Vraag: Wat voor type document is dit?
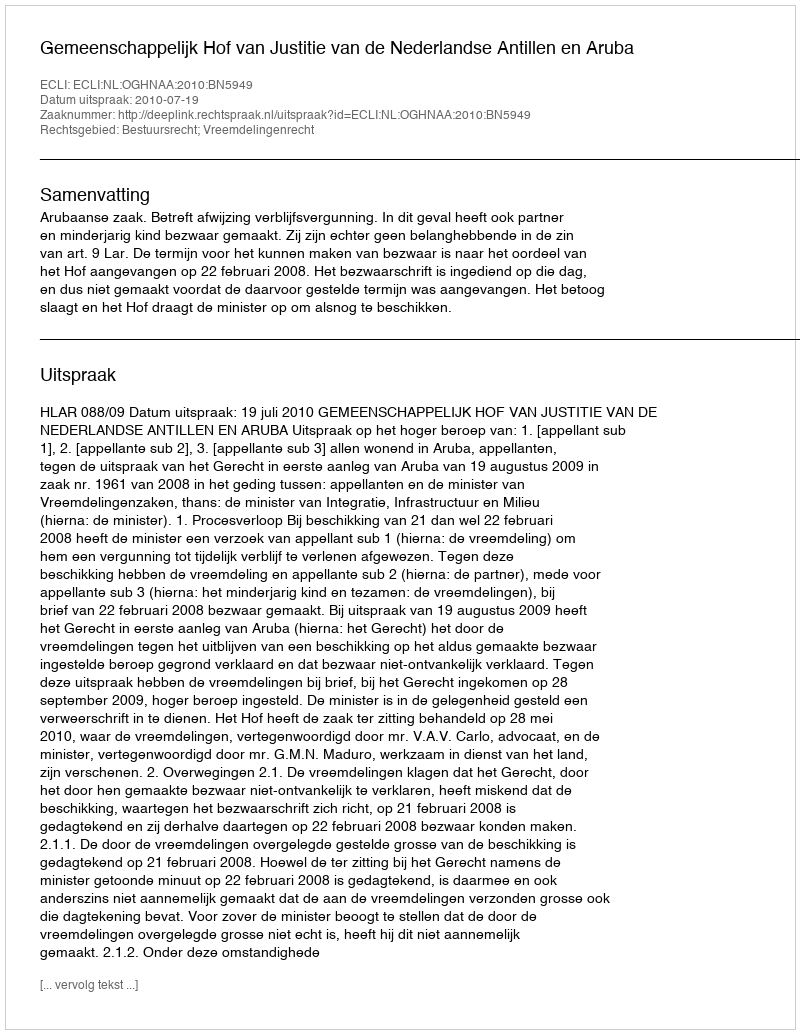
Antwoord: Uitspraak